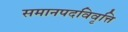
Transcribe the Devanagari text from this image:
समानपदविवृत्ति